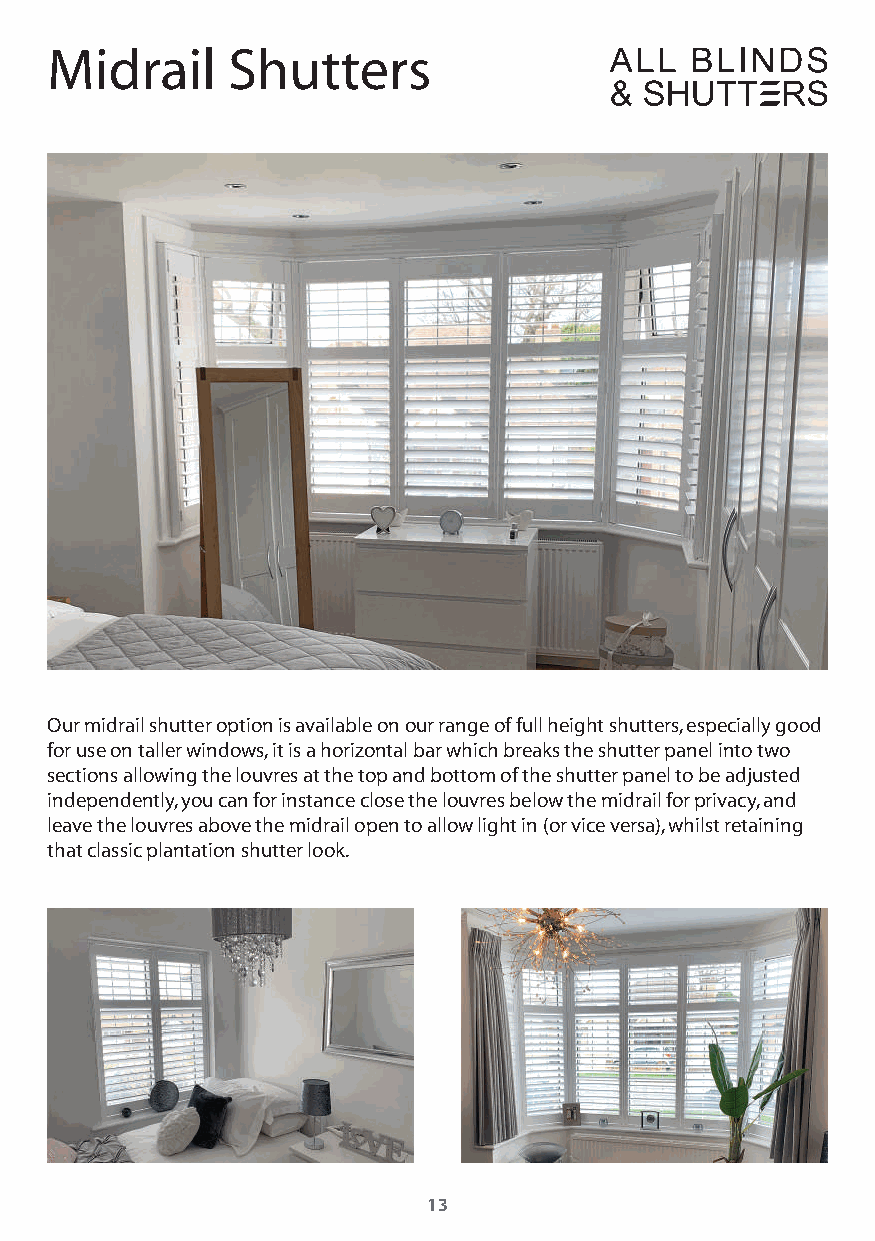
Midrail     Shutters
 Our midrail shutter option is available on our range of full height shutters, especially good
 for use on taller windows, it is a horizontal bar which breaks the shutter panel into two
 sections allowing the louvres at the top and bottom of the shutter panel to be adjusted
 independently, you can for instance close the louvres below the midrail for privacy, and
 leave the louvres above the midrail open to allow light in (or vice versa), whilst retaining
 that classic plantation shutter look.
 13